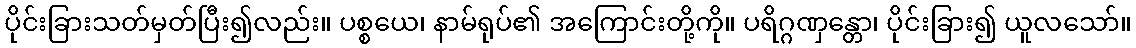
ပိုင်းခြားသတ်မှတ်ပြီး၍လည်း။ ပစ္စယေ၊ နာမ်ရုပ်၏ အကြောင်းတို့ကို။ ပရိဂ္ဂဏှန္တော၊ ပိုင်းခြား၍ ယူလသော်။